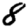
Digit: 8